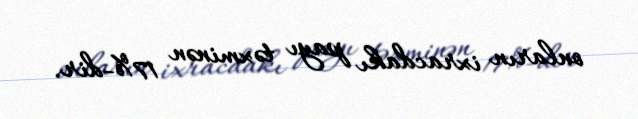
onların ixracdakı payı təxminən 17%-dir.